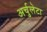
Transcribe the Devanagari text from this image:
अर्चुलेटा